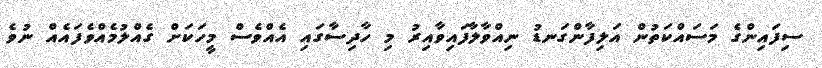
ސިފައިންގެ މަސައްކަތުން އަލިފާންގަނޑު ނިއްވާލާފައިވާއިރު މި ހާދިސާގައި އެއްވެސް މީހަކަށް ގެއްލުމެއްވެފައެއް ނުވެ